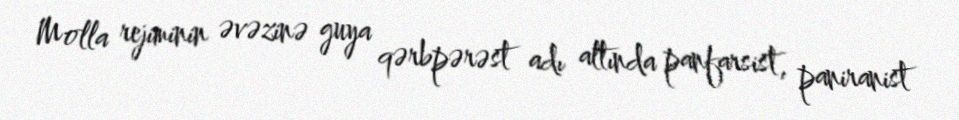
Molla rejiminin əvəzinə guya qərbpərəst adı altında panfarsist, paniranist